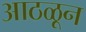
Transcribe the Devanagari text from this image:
आठळून